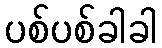
ပစ်ပစ်ခါခါ